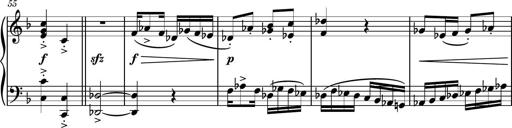
Title: Piano Sonatina No.8
Composer: Dimitri Sykias
Key: F major